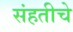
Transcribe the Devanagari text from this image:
संहतीचे